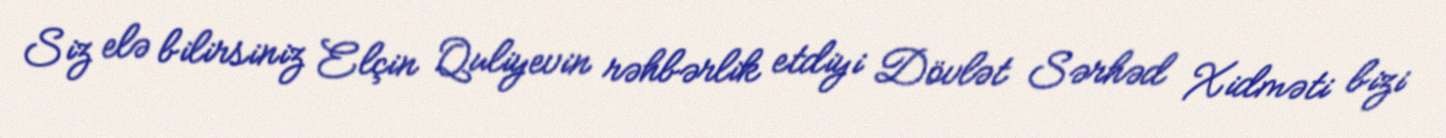
Siz elə bilirsiniz Elçin Quliyevin rəhbərlik etdiyi Dövlət Sərhəd Xidməti bizi